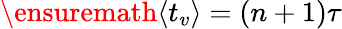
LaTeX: {\ensuremath{\left\langle t_{v}\right\rangle}}=(n+1)\tau